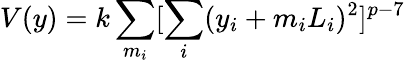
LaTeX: V(y)=k\sum_{m_{i}}[\sum_{i}(y_{i}+m_{i}L_{i})^{2}]^{p-7}